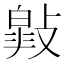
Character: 𢿎